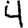
Digit: 4